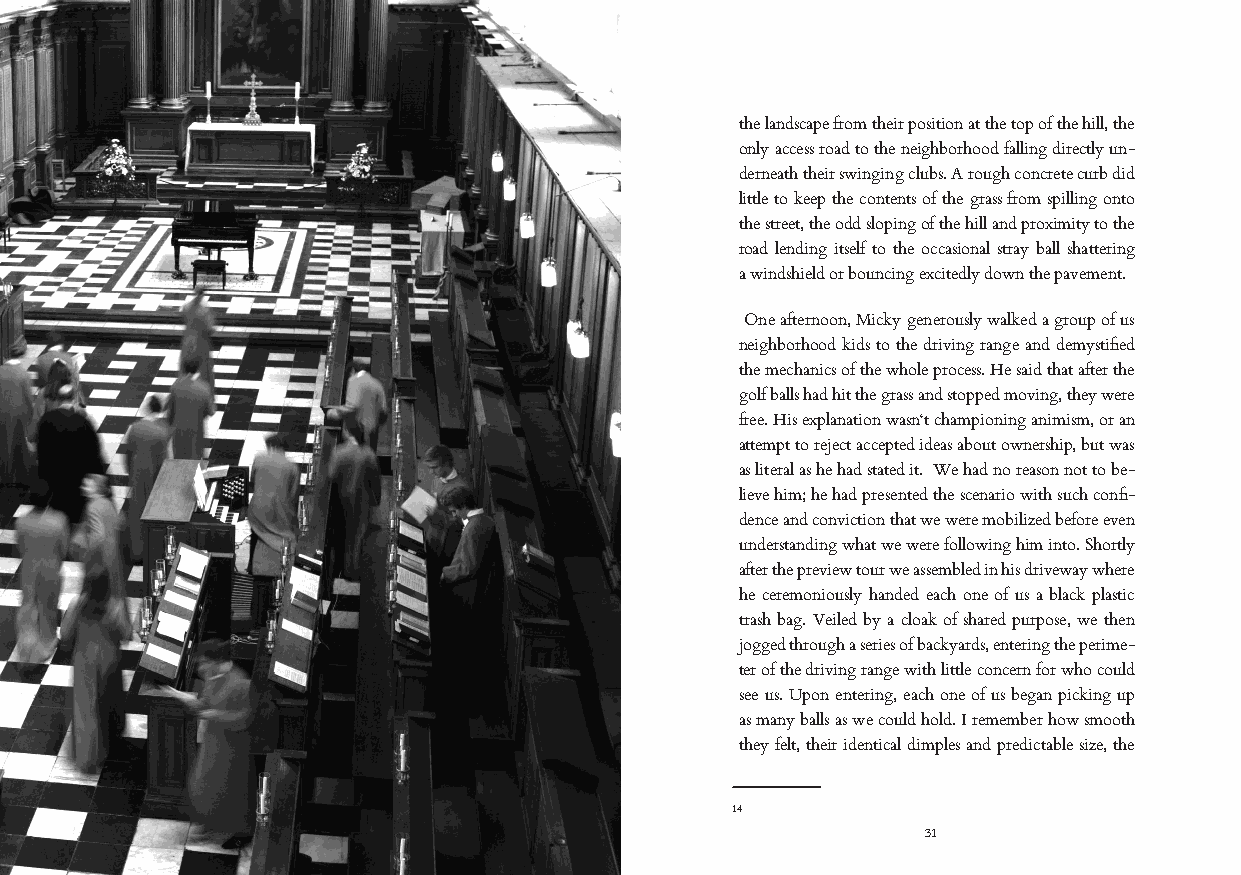
the landscape from their position at the top of the hill, the
 only access road to the neighborhood falling directly un-
 derneath their swinging clubs. A rough concrete curb did
 little to keep the contents of the grass from spilling onto
 the street, the odd sloping of the hill and proximity to the
 road lending itself to the occasional stray ball shattering
 a windshield or bouncing excitedly down the pavement.
 One afternoon, Micky generously walked a group of us
 neighborhood kids to the driving range and demystified
 the mechanics of the whole process. He said that after the
 golf balls had hit the grass and stopped moving, they were
 free. His explanation wasn‘t championing animism, or an
 attempt to reject accepted ideas about ownership, but was
 as literal as he had stated it. We had no reason not to be-
 lieve him; he had presented the scenario with such confi-
 dence and conviction that we were mobilized before even
 understanding what we were following him into. Shortly
 after the preview tour we assembled in his driveway where
 he ceremoniously handed each one of us a black plastic
 trash bag. Veiled by a cloak of shared purpose, we then
 jogged through a series of backyards, entering the perime-
 ter of the driving range with little concern for who could
 see us. Upon entering, each one of us began picking up
 as many balls as we could hold. I remember how smooth
 they felt, their identical dimples and predictable size, the
 14
 31